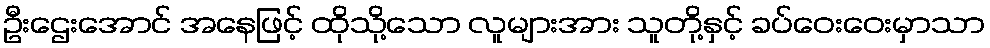
ဦးဌေးအောင် အနေဖြင့် ထိုသို့သော လူများအား သူတို့နှင့် ခပ်ဝေးဝေးမှာသာ